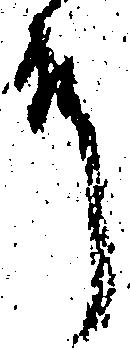
殿